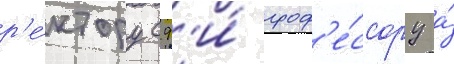
р'е́ктору сф'и́ проф'е́ссору а́